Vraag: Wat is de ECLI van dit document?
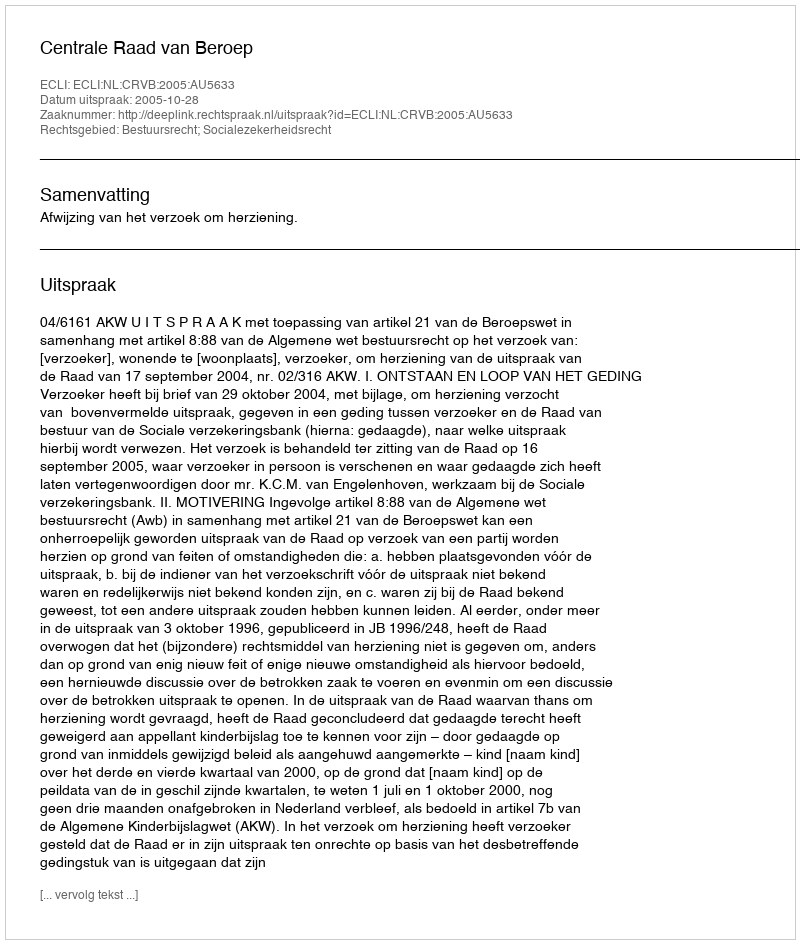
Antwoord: ECLI:NL:CRVB:2005:AU5633